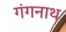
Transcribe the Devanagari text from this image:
गंगनाथ